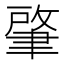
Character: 肇